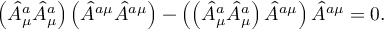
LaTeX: \left( \hat { A } _ { \mu } ^ { a } \hat { A } _ { \mu } ^ { a } \right) \left( \hat { A } ^ { a \mu } \hat { A } ^ { a \mu } \right) - \left( \left( \hat { A } _ { \mu } ^ { a } \hat { A } _ { \mu } ^ { a } \right) \hat { A } ^ { a \mu } \right) \hat { A } ^ { a \mu } = 0 .